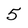
Character: 5